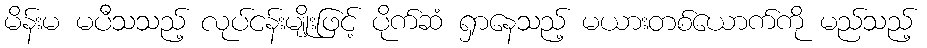
မိန်းမ မပီသသည့် လုပ်ငန်းမျိုးဖြင့် ပိုက်ဆံ ရှာနေသည့် မယားတစ်ယောက်ကို မည်သည့်